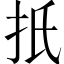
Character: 扺